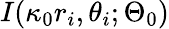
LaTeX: I(\kappa_{0}r_{i},\theta_{i};\Theta_{0})